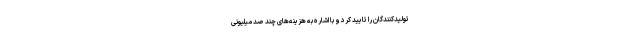
تولیدکنندگان را تایید کرد و با اشاره به هزینه‌های چند صد میلیونی